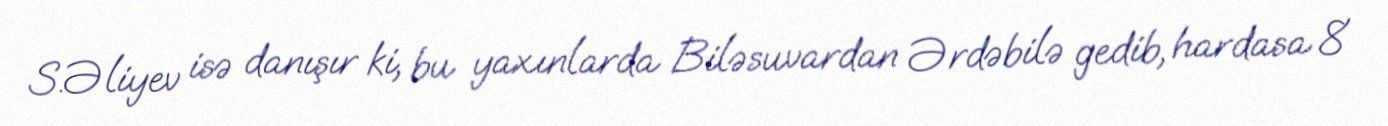
S.Əliyev isə danışır ki, bu yaxınlarda Biləsuvardan Ərdəbilə gedib, hardasa 8